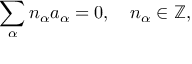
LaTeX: \sum _ { \alpha } n _ { \alpha } a _ { \alpha } = 0 , \quad n _ { \alpha } \in \mathbb { Z } ,